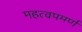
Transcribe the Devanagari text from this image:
महत्‍वपमर्ण